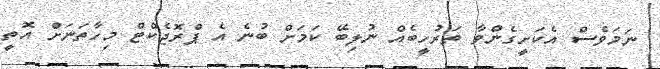
ނަމަވެސް އެކަށީގެންވާ ތަރުހީބެއް ނުލިބޭ ކަމަށް ބުނެ އެ ޕްރޮޖެކްޓް މިހާތަނަށް އޮތީ